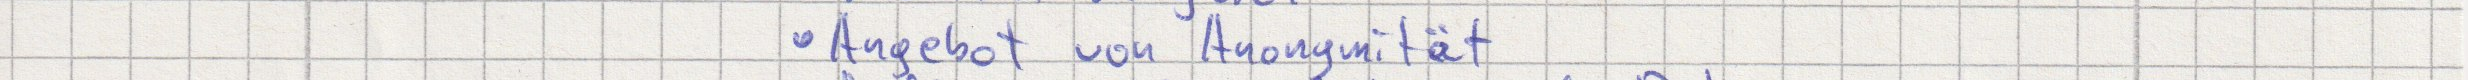
Angebot von Anonymität